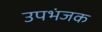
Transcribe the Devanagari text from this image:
उपभंजक